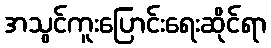
အသွင်ကူးပြောင်းရေးဆိုင်ရာ